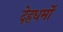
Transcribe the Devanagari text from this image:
देहधर्मों